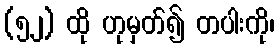
(၅၂) ထို ဟုမှတ်၍ တပါးကို၊